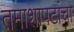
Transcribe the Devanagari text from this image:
तमाशापटांचा